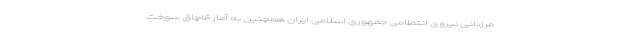
مرزبانی نیروی انتظامی جمهوری اسلامی ایران همچنین به آمار قاچاق سوخت